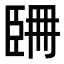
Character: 𦣧